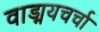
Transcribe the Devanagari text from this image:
वाड्मयचर्चा